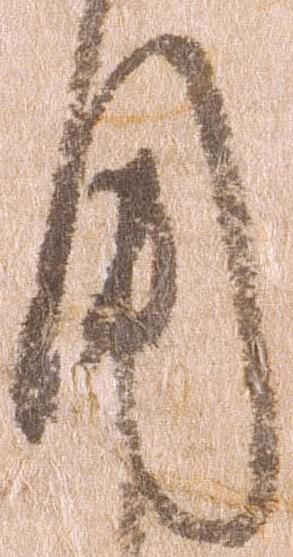
用